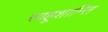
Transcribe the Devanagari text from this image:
साहूशान्ति